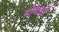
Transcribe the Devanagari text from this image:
बोथाटी